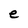
Character: e